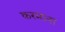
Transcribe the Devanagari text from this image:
करमाना